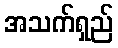
အသက်ရှည်